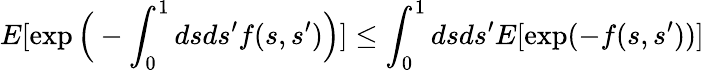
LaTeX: E[\exp\Big(-\int_{0}^{1}dsds^{\prime}f(s,s^{\prime})\Big)]\leq\int_{0}^{1}dsds^{\prime}E[\exp(-f(s,s^{\prime}))]